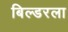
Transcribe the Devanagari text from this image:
बिल्डरला